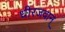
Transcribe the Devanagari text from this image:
धीरजवान्